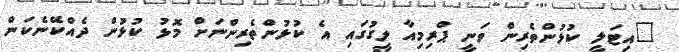
"އިޓަލީ ކުޅުންތެރިން ވަނީ ޕްރިމިއާ ލީގުގައި އެ ކުޅުންތެރިންނަށް މޮޅު ކުޅުން ދެއްކޭނެކަން